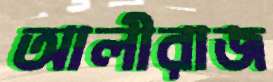
আলীরাজ